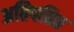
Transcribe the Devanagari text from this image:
अतिपतित